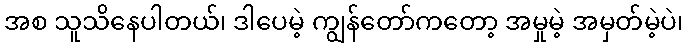
အစ သူသိနေပါတယ်၊ ဒါပေမဲ့ ကျွန်တော်ကတော့ အမှုမဲ့ အမှတ်မဲ့ပဲ၊